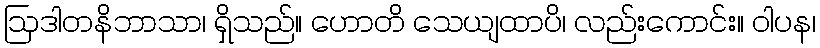
ဩဒါတနိဘာသာ၊ ရှိသည်။ ဟောတိ သေယျထာပိ၊ လည်းကောင်း။ ဝါပန၊